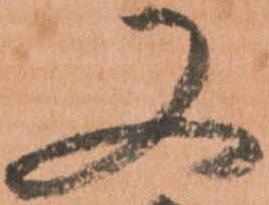
又